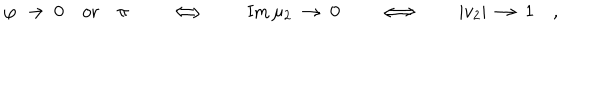
\varphi \ \to \ 0 \quad \textrm { o r } \quad \pi \qquad \Longleftrightarrow \qquad \textrm { I m } \, \mu _ { 2 } \ \to \ 0 \qquad \Longleftrightarrow \qquad | v _ { 2 } | \ \to \ 1 \quad ,